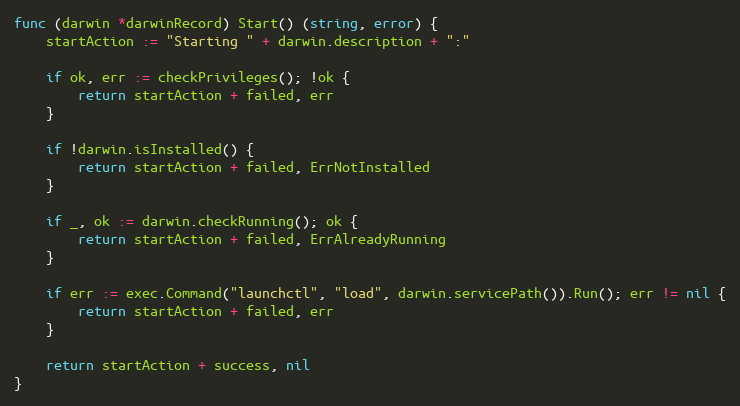
Language: Go
func (darwin *darwinRecord) Start() (string, error) {
	startAction := "Starting " + darwin.description + ":"

	if ok, err := checkPrivileges(); !ok {
		return startAction + failed, err
	}

	if !darwin.isInstalled() {
		return startAction + failed, ErrNotInstalled
	}

	if _, ok := darwin.checkRunning(); ok {
		return startAction + failed, ErrAlreadyRunning
	}

	if err := exec.Command("launchctl", "load", darwin.servicePath()).Run(); err != nil {
		return startAction + failed, err
	}

	return startAction + success, nil
}